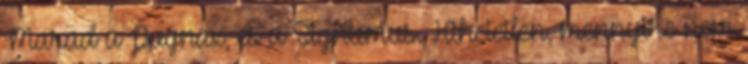
Marad a Pugnax, és a Signumus. Hihetetlen, mennyire nem